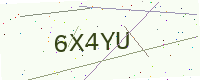
Text: 6X4YU